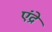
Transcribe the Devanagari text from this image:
एंद्रे